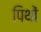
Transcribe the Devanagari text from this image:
पिथों